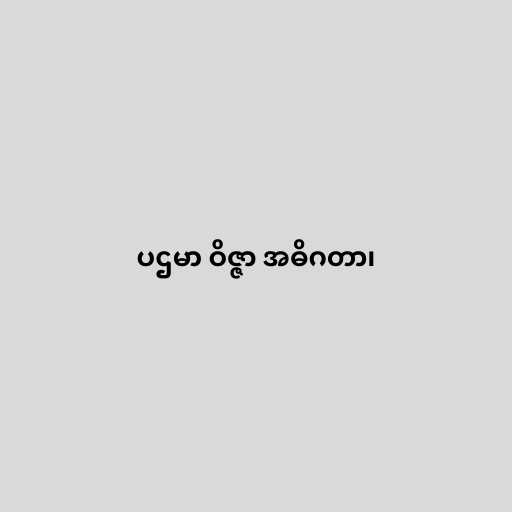
ပဌမာ ဝိဇ္ဇာ အဓိဂတာ၊